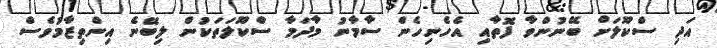
އަދި ސްކޫލަށް ބޭނުންވާ ފޮތާއި އެހެނިހެން ސާމާނު މާދަމާ ސްކޫލަތަކުން ލިބޭނެ އިންތިޒާމުވެސް